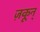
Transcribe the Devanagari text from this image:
ज़कून्